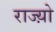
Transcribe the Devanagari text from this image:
राज्य़ो